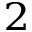
_ 2